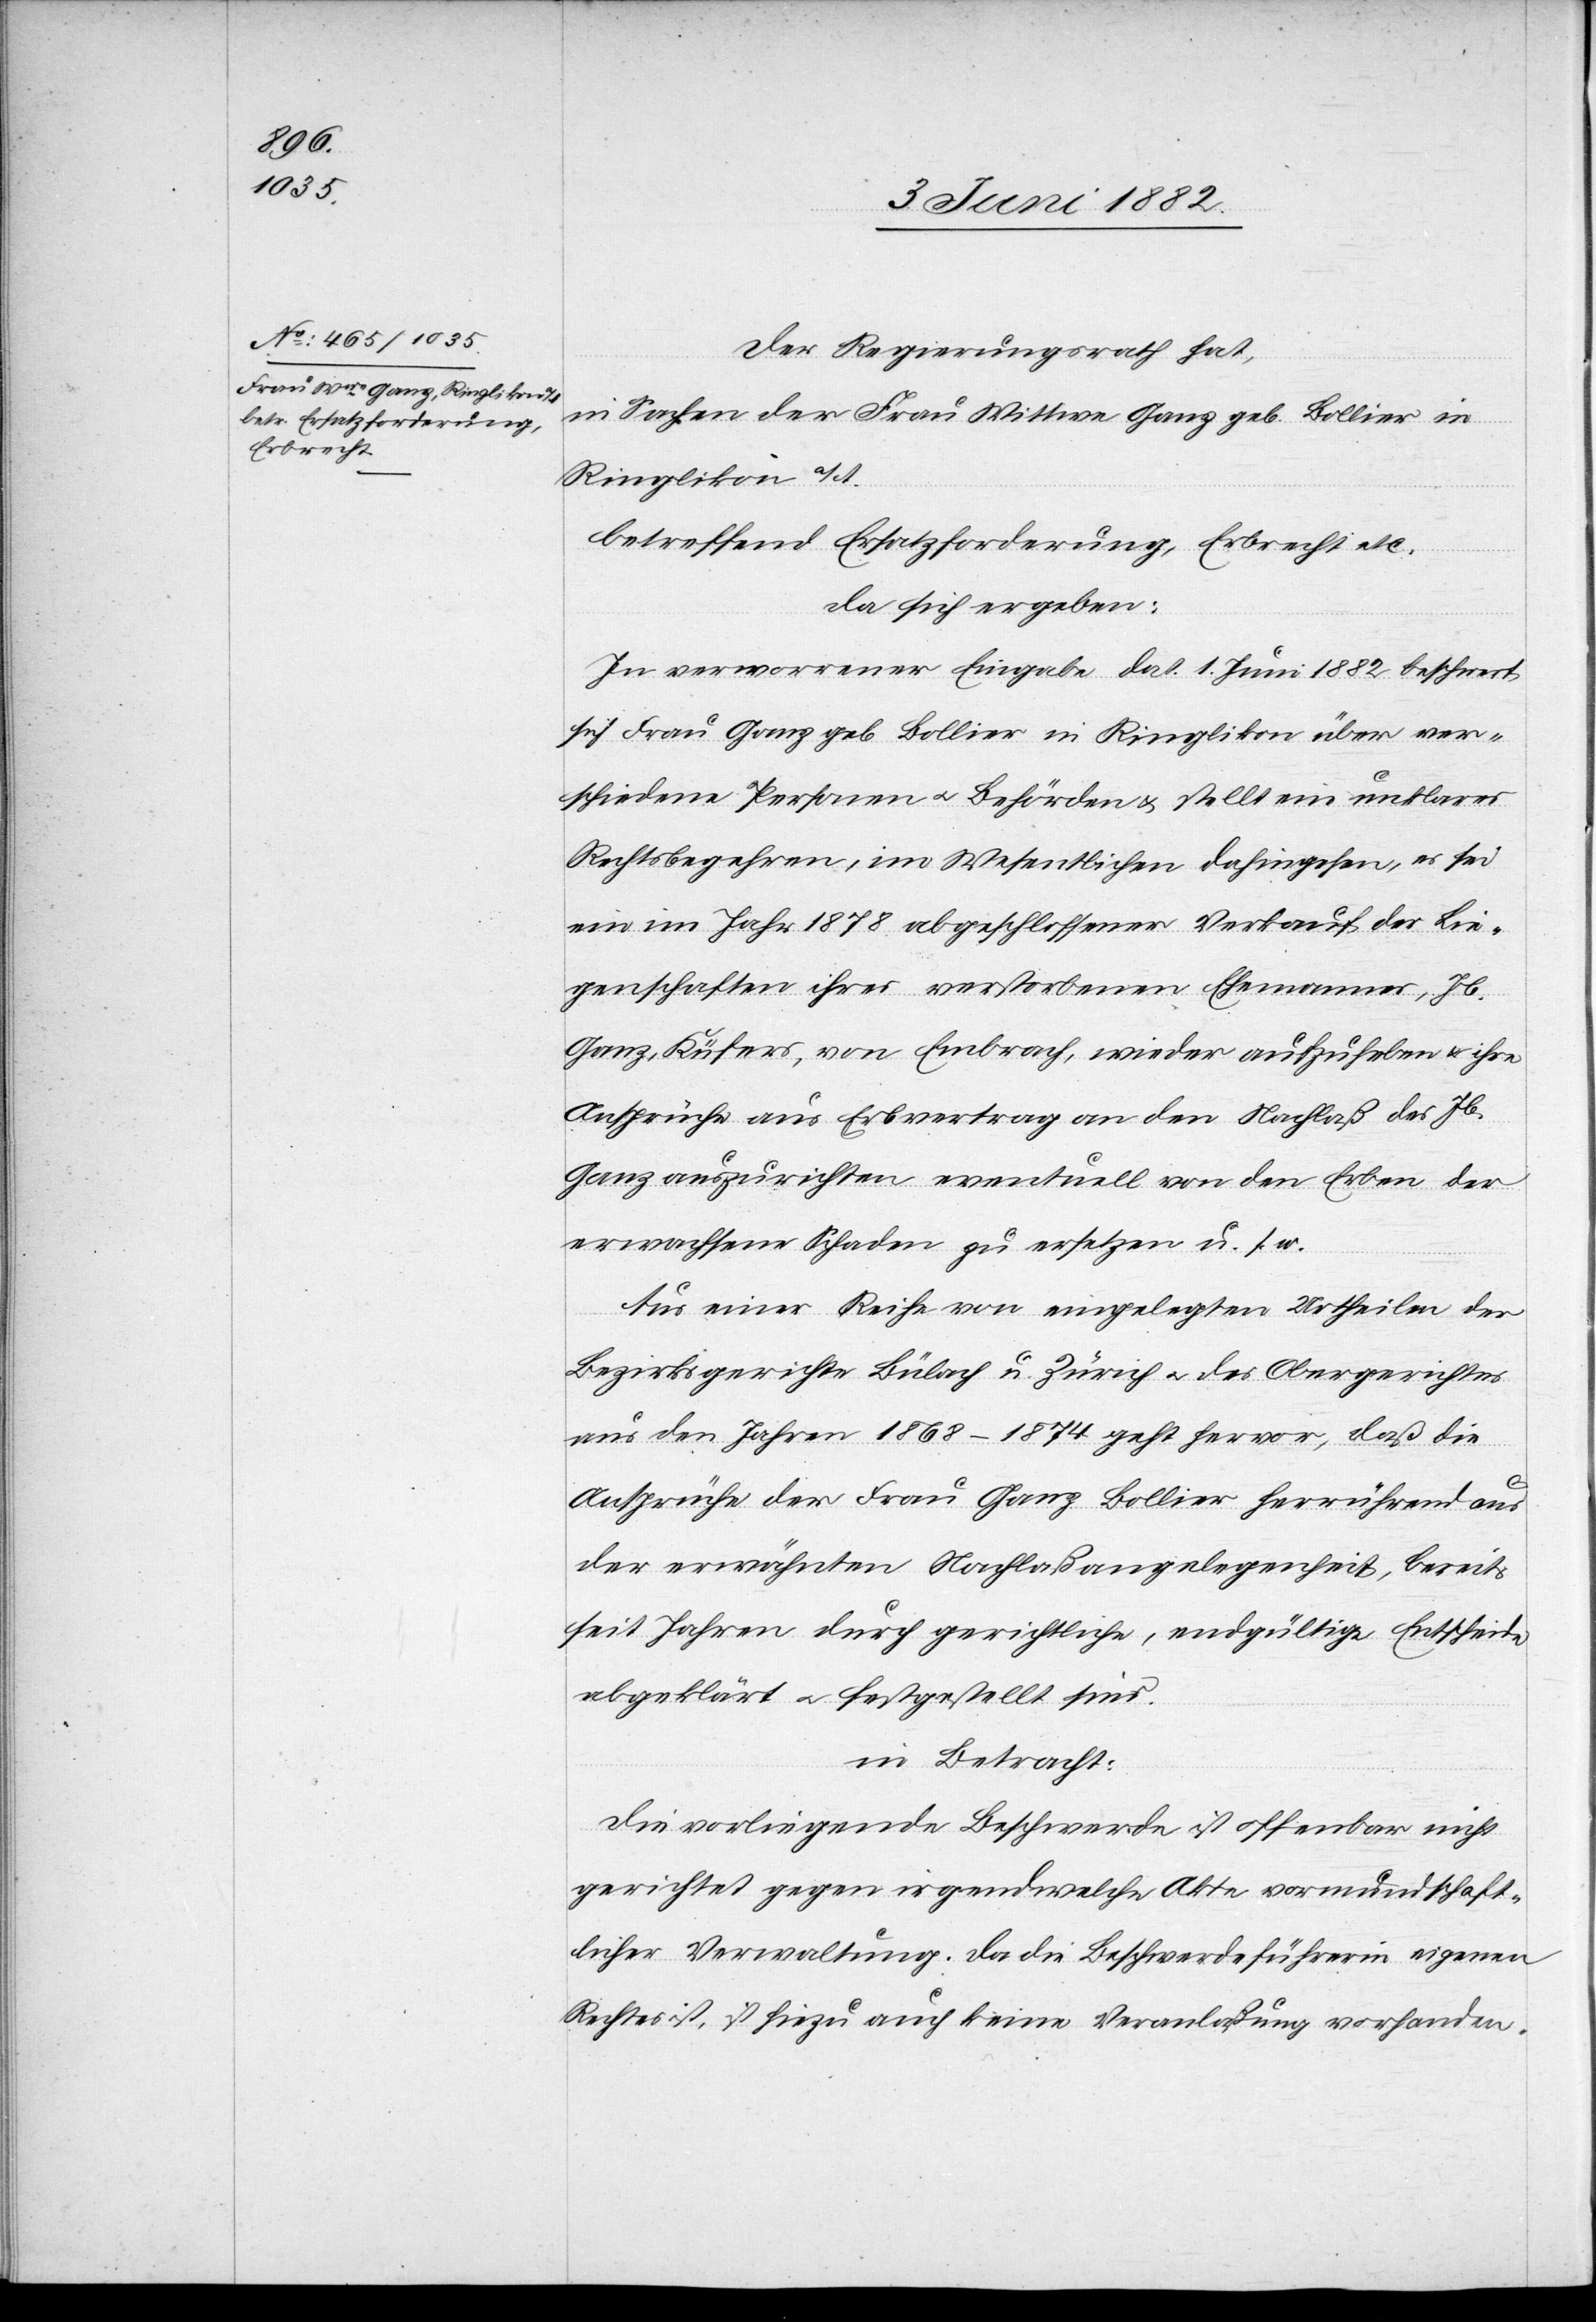
Der Regierungsrath hat,
in Sachen der Frau Wittwe Ganz geb. Bollier in
Ringlikon a/A.
betreffend Ersatzforderung, Erbrecht etc.
da sich ergeben:
In verworrener Eingabe dat. 1. Juni 1882 beschwert
sich Frau Ganz geb. Bollier in Ringlikon über ver¬
schiedene Personen u. Behörden u. stellt ein unklares
Rechtsbegehren, im Wesentlichen dahingehen[d], es sei
ein im Jahr 1878 abgeschlossener Verkauf der Lie¬
genschaften ihres verstorbenen Ehemannes, Jb.
Ganz, Küfers, von Embrach, wieder aufzuheben & ihre
Ansprüche aus Erbvertrag an den Nachlaß des Jb.
Ganz auszurichten eventuell von den Erben der
erwachsene Schaden zu ersetzen u. s. w.
Aus einer Reihe von eingelegten Urtheilen der
Bezirksgerichte Bülach u. Zürich u. des Obergerichtes
aus den Jahren 1868–1874 geht hervor, daß die
Ansprüche der Frau Ganz[-]Bollier herrührend aus
der erwähnten Nachlaßangelegenheit, bereits
seit Jahren durch gerichtliche, endgültige Entscheide
abgeklärt u. festgestellt sind.
in Betracht:
Die vorliegende Beschwerde ist offenbar nicht
gerichtet gegen irgendwelche Akte vormundschaft¬
licher Verwaltung. Da die Beschwerdeführerin eigenen
Rechtes ist, ist hiezu auch keine Veranlaßung vorhanden.